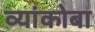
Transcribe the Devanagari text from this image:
व्यांकोबा